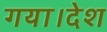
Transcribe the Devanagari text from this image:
गया।देश